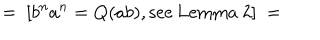
= \ [ b ^ { n } a ^ { n } = Q ( a b ) , { \mathrm { s e e ~ L e m m a ~ 2 } } ] \ =